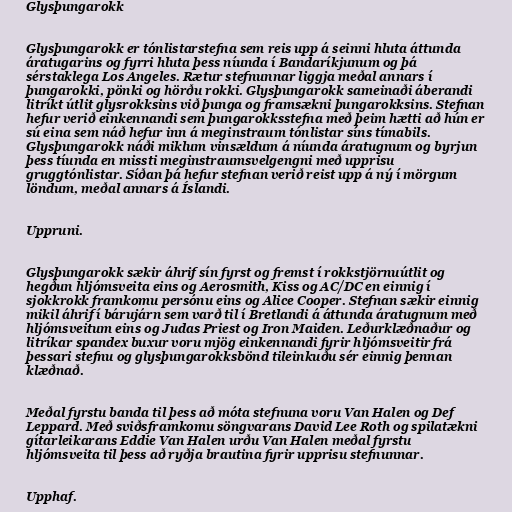
Glysþungarokk

Glysþungarokk er tónlistarstefna sem reis upp á seinni hluta áttunda
áratugarins og fyrri hluta þess níunda í Bandaríkjunum og þá
sérstaklega Los Angeles. Rætur stefnunnar liggja meðal annars í
þungarokki, pönki og hörðu rokki. Glysþungarokk sameinaði áberandi
litríkt útlit glysrokksins við þunga og framsækni þungarokksins. Stefnan
hefur verið einkennandi sem þungarokksstefna með þeim hætti að hún er
sú eina sem náð hefur inn á meginstraum tónlistar síns tímabils.
Glysþungarokk náði miklum vinsældum á níunda áratugnum og byrjun
þess tíunda en missti meginstraumsvelgengni með upprisu
gruggtónlistar. Síðan þá hefur stefnan verið reist upp á ný í mörgum
löndum, meðal annars á Íslandi.

Uppruni.

Glysþungarokk sækir áhrif sín fyrst og fremst í rokkstjörnuútlit og
hegðun hljómsveita eins og Aerosmith, Kiss og AC/DC en einnig í
sjokkrokk framkomu persónu eins og Alice Cooper. Stefnan sækir einnig
mikil áhrif í bárujárn sem varð til í Bretlandi á áttunda áratugnum með
hljómsveitum eins og Judas Priest og Iron Maiden. Leðurklæðnaður og
litríkar spandex buxur voru mjög einkennandi fyrir hljómsveitir frá
þessari stefnu og glysþungarokksbönd tileinkuðu sér einnig þennan
klæðnað.

Meðal fyrstu banda til þess að móta stefnuna voru Van Halen og Def
Leppard. Með sviðsframkomu söngvarans David Lee Roth og spilatækni
gítarleikarans Eddie Van Halen urðu Van Halen meðal fyrstu
hljómsveita til þess að ryðja brautina fyrir upprisu stefnunnar.

Upphaf.